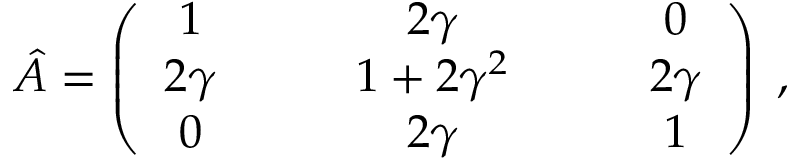
\hat { A } = \left( \begin{array} { c c c c c } { { 1 } } & { { \quad } } & { { 2 \gamma } } & { { \quad } } & { { 0 } } \\ { { 2 \gamma } } & { { \quad } } & { { 1 + 2 \gamma ^ { 2 } } } & { { \quad } } & { { 2 \gamma } } \\ { { 0 } } & { { \quad } } & { { 2 \gamma } } & { { \quad } } & { { 1 } } \end{array} \right) \; ,